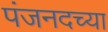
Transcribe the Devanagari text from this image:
पंजनदच्या